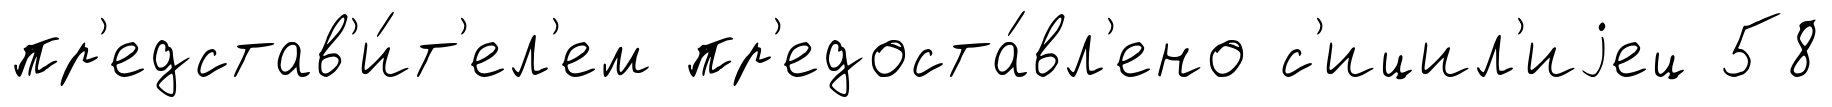
пр'едстав'и́т'ел'ем пр'едоста́вл'ено с'ицил'иjец 58